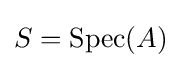
S={\text{Spec}}(A)